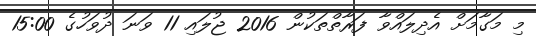
މި މަގާމަށް އެދިލައްވާ ފަރާތްތަކުން 2016 ޖުލައި 11 ވަނަ ދުވަހުގެ 15:00